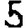
Digit: 5